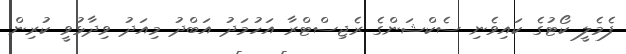
ފެމެލީ ކޯޓުގެ ކައިވެނި ސެކްޝަންގެ ރެޖިސްޓްރާ އަހުމަދު އަބްދު މިއަދު ވިދާޅުވީ ކުރިން